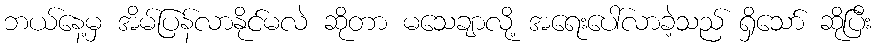
ဘယ်နေ့မှ အိမ်ပြန်လာနိုင်မလဲ ဆိုတာ မသေချာလို့ အရေးပေါ်လာခဲ့သည် ရှိသော် ဆိုပြီး